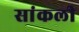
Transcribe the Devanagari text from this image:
सांकली